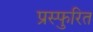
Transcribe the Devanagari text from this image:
प्रस्फुरित